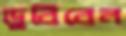
ডুবিবেন